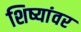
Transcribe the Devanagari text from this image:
शिष्यांवर